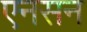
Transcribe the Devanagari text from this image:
एनसन